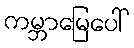
ကမ္ဘာမြေပေါ်